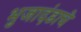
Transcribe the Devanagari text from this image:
भुजादंडाचे